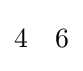
{\begin{matrix}4&6\end{matrix}}